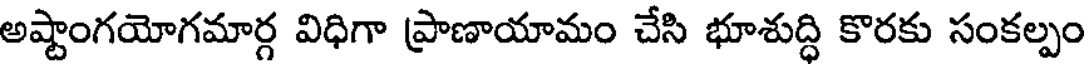
అష్టాంగయోగమార్గ విధిగా ప్రాణాయామం చేసి భూశుద్ధి కొరకు సంకల్పం